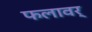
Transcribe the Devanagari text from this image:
फलावर्